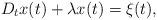
LaTeX: \begin{align*} D_tx(t) + \lambda x(t) = \xi(t), \end{align*}